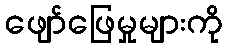
ဖျော်ဖြေမှုများကို